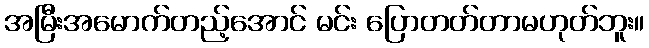
အမြီးအမောက်တည့်အောင် မင်း ပြောတတ်တာမဟုတ်ဘူး။